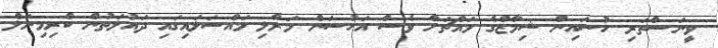
ވީނަސްތަރި ހުސައިން ޝިމާޒްގެ މައްޗަށް ވެސް އަހުސަން މަރާލި މައްސަލައިގައި ދައުލަތުން ކްރިމިނަލް